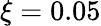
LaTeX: \xi=0.05